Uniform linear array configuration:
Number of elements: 32
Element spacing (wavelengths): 1
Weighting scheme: binomial
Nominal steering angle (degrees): -30
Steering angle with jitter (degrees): -28.067
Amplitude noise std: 0.05
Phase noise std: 0.05

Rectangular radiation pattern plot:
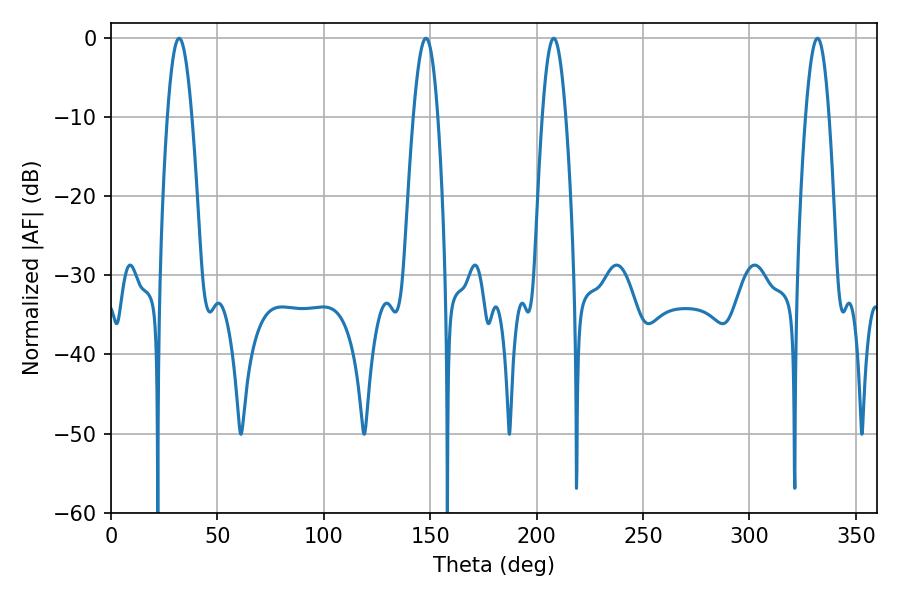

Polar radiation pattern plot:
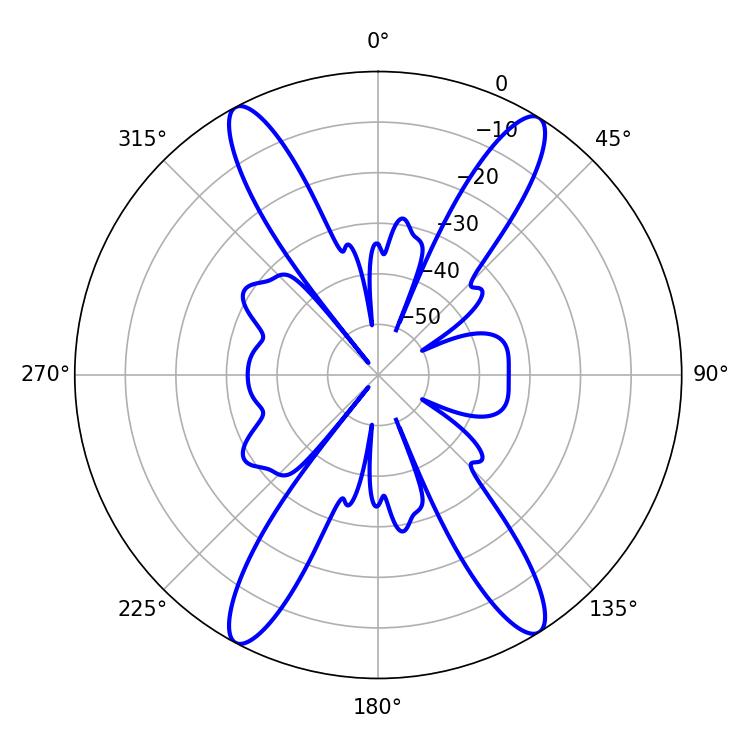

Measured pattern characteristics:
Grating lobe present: TRUE
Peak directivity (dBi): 20.328
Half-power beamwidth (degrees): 6.12
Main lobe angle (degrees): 32.04